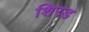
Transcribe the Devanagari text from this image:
शिरड